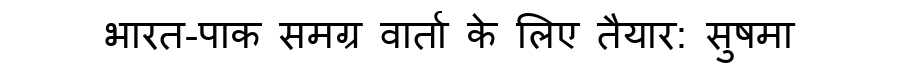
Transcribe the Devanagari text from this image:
भारत-पाक समग्र वार्ता के लिए तैयार: सुषमा